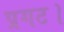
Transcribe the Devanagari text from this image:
प्रगट।